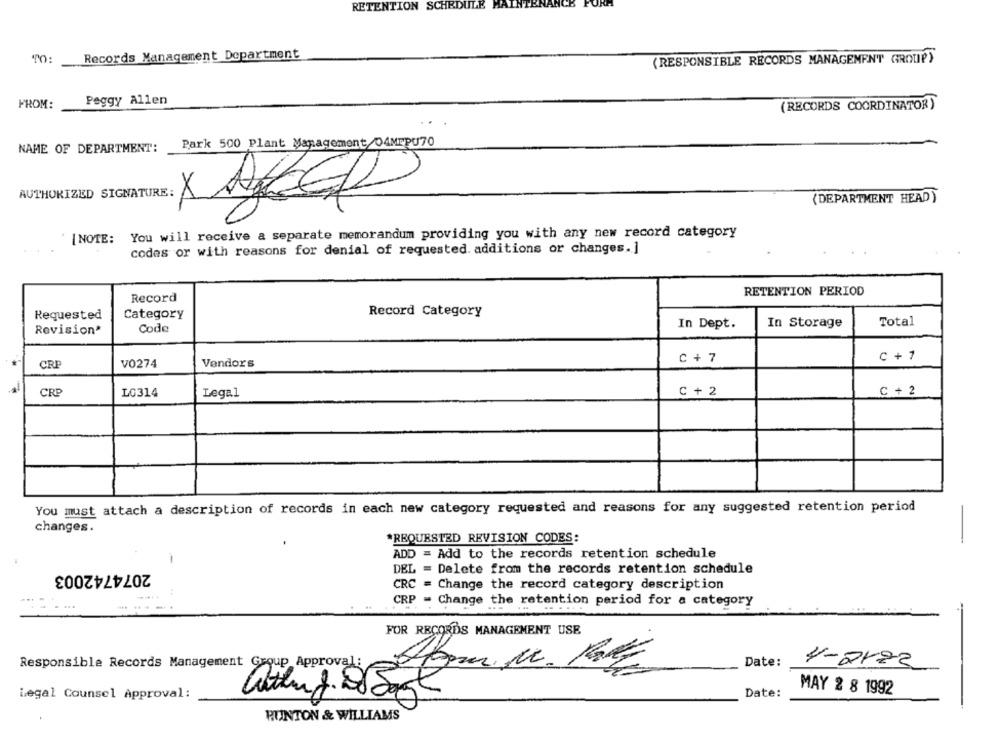
RETENTION SCHEDULE MAINS
Records Management Department
(RESPONSIBLE RECORDS MANAGEMENT GROUP)
FROM:
Peggy Allen
(RECORDS COORDINATOR)
NAME OF DEPARTMENT:
Park 500 Plant Management/04MPPU70
AUTHORIZED SIGNATURE:
XL
(DEPARTMENT HEAD)
[NOTE: You will receive a separate memorandum providing you with any new record category
codes or with reasons for denial of requested. additions or changes. ]
Record
RETENTION PERIOD
Requested
Category
Record Category
In Dept.
In Storage
Total
Revision*
Code
C + 1
CRI
V0274
Vendors
C + 7
CRP
L0314
Legal
C + 2
C + 2
You must attach a description of records in each new category requested and reasons for any suggested retention period
changes.
*REQUESTED REVISION CODES:
-
ADD = Add to the records retention schedule
2074742003
DEL = Delete from the records retention schedule
CRC = Change the record category description
CRP = Change the retention period for a category
-
FOR RECORDS MANAGEMENT USE
Date:
Responsible Records Management Group Approval:
Withing 0 Gr M. PKg
4-2173
MAY 2 8 1992
Legal Counsel Approval:
Date:
PUNTON & WILLIAMS